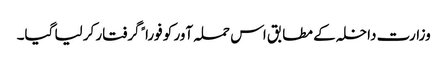
وزارت داخلہ کے مطابق اس حملہ آور کو فوراﹰ گرفتار کر لیا گیا۔